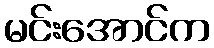
မင်းအောင်က